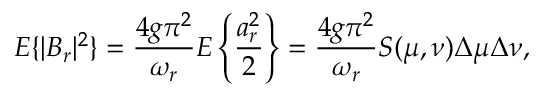
E \{ | B _ { r } | ^ { 2 } \} = \frac { 4 g \pi ^ { 2 } } { \omega _ { r } } E \left\lbrace \frac { a _ { r } ^ { 2 } } { 2 } \right\rbrace = \frac { 4 g \pi ^ { 2 } } { \omega _ { r } } S ( \mu , \nu ) \Delta \mu \Delta \nu ,